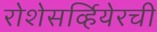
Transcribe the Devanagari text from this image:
रोशेसर्व्हियेरची